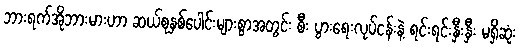
ဘားရက်အိုဘားမားဟာ ဆယ်စုနှစ်ပေါင်းများစွာအတွင်း စီး ပွားရေးလုပ်ငန်းနဲ့ ရင်းရင်းနှီးနှီး မရှိဆုံး